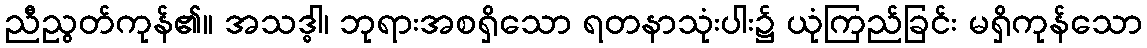
ညီညွတ်ကုန်၏။ အသဒ္ဓါ၊ ဘုရားအစရှိသော ရတနာသုံးပါး၌ ယုံကြည်ခြင်း မရှိကုန်သော